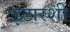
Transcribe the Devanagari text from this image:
इटारशी